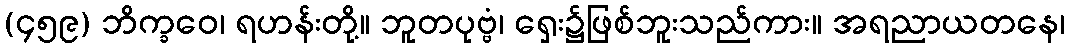
(၄၅၉) ဘိက္ခဝေ၊ ရဟန်းတို့။ ဘူတပုဗ္ဗံ၊ ရှေး၌ဖြစ်ဘူးသည်ကား။ အရညာယတနေ၊